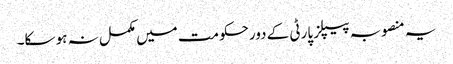
یہ منصوبہ پیپلز پارٹی کے دورحکومت میں مکمل نہ ہو سکا۔